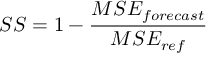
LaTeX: \ S S = 1 - { \frac { M S E _ { f o r e c a s t } } { M S E _ { r e f } } }